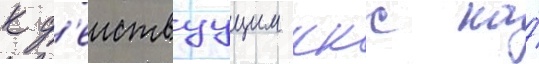
к д'еиствуущим ккс на́